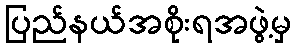
ပြည်နယ်အစိုးရအဖွဲ့မှ